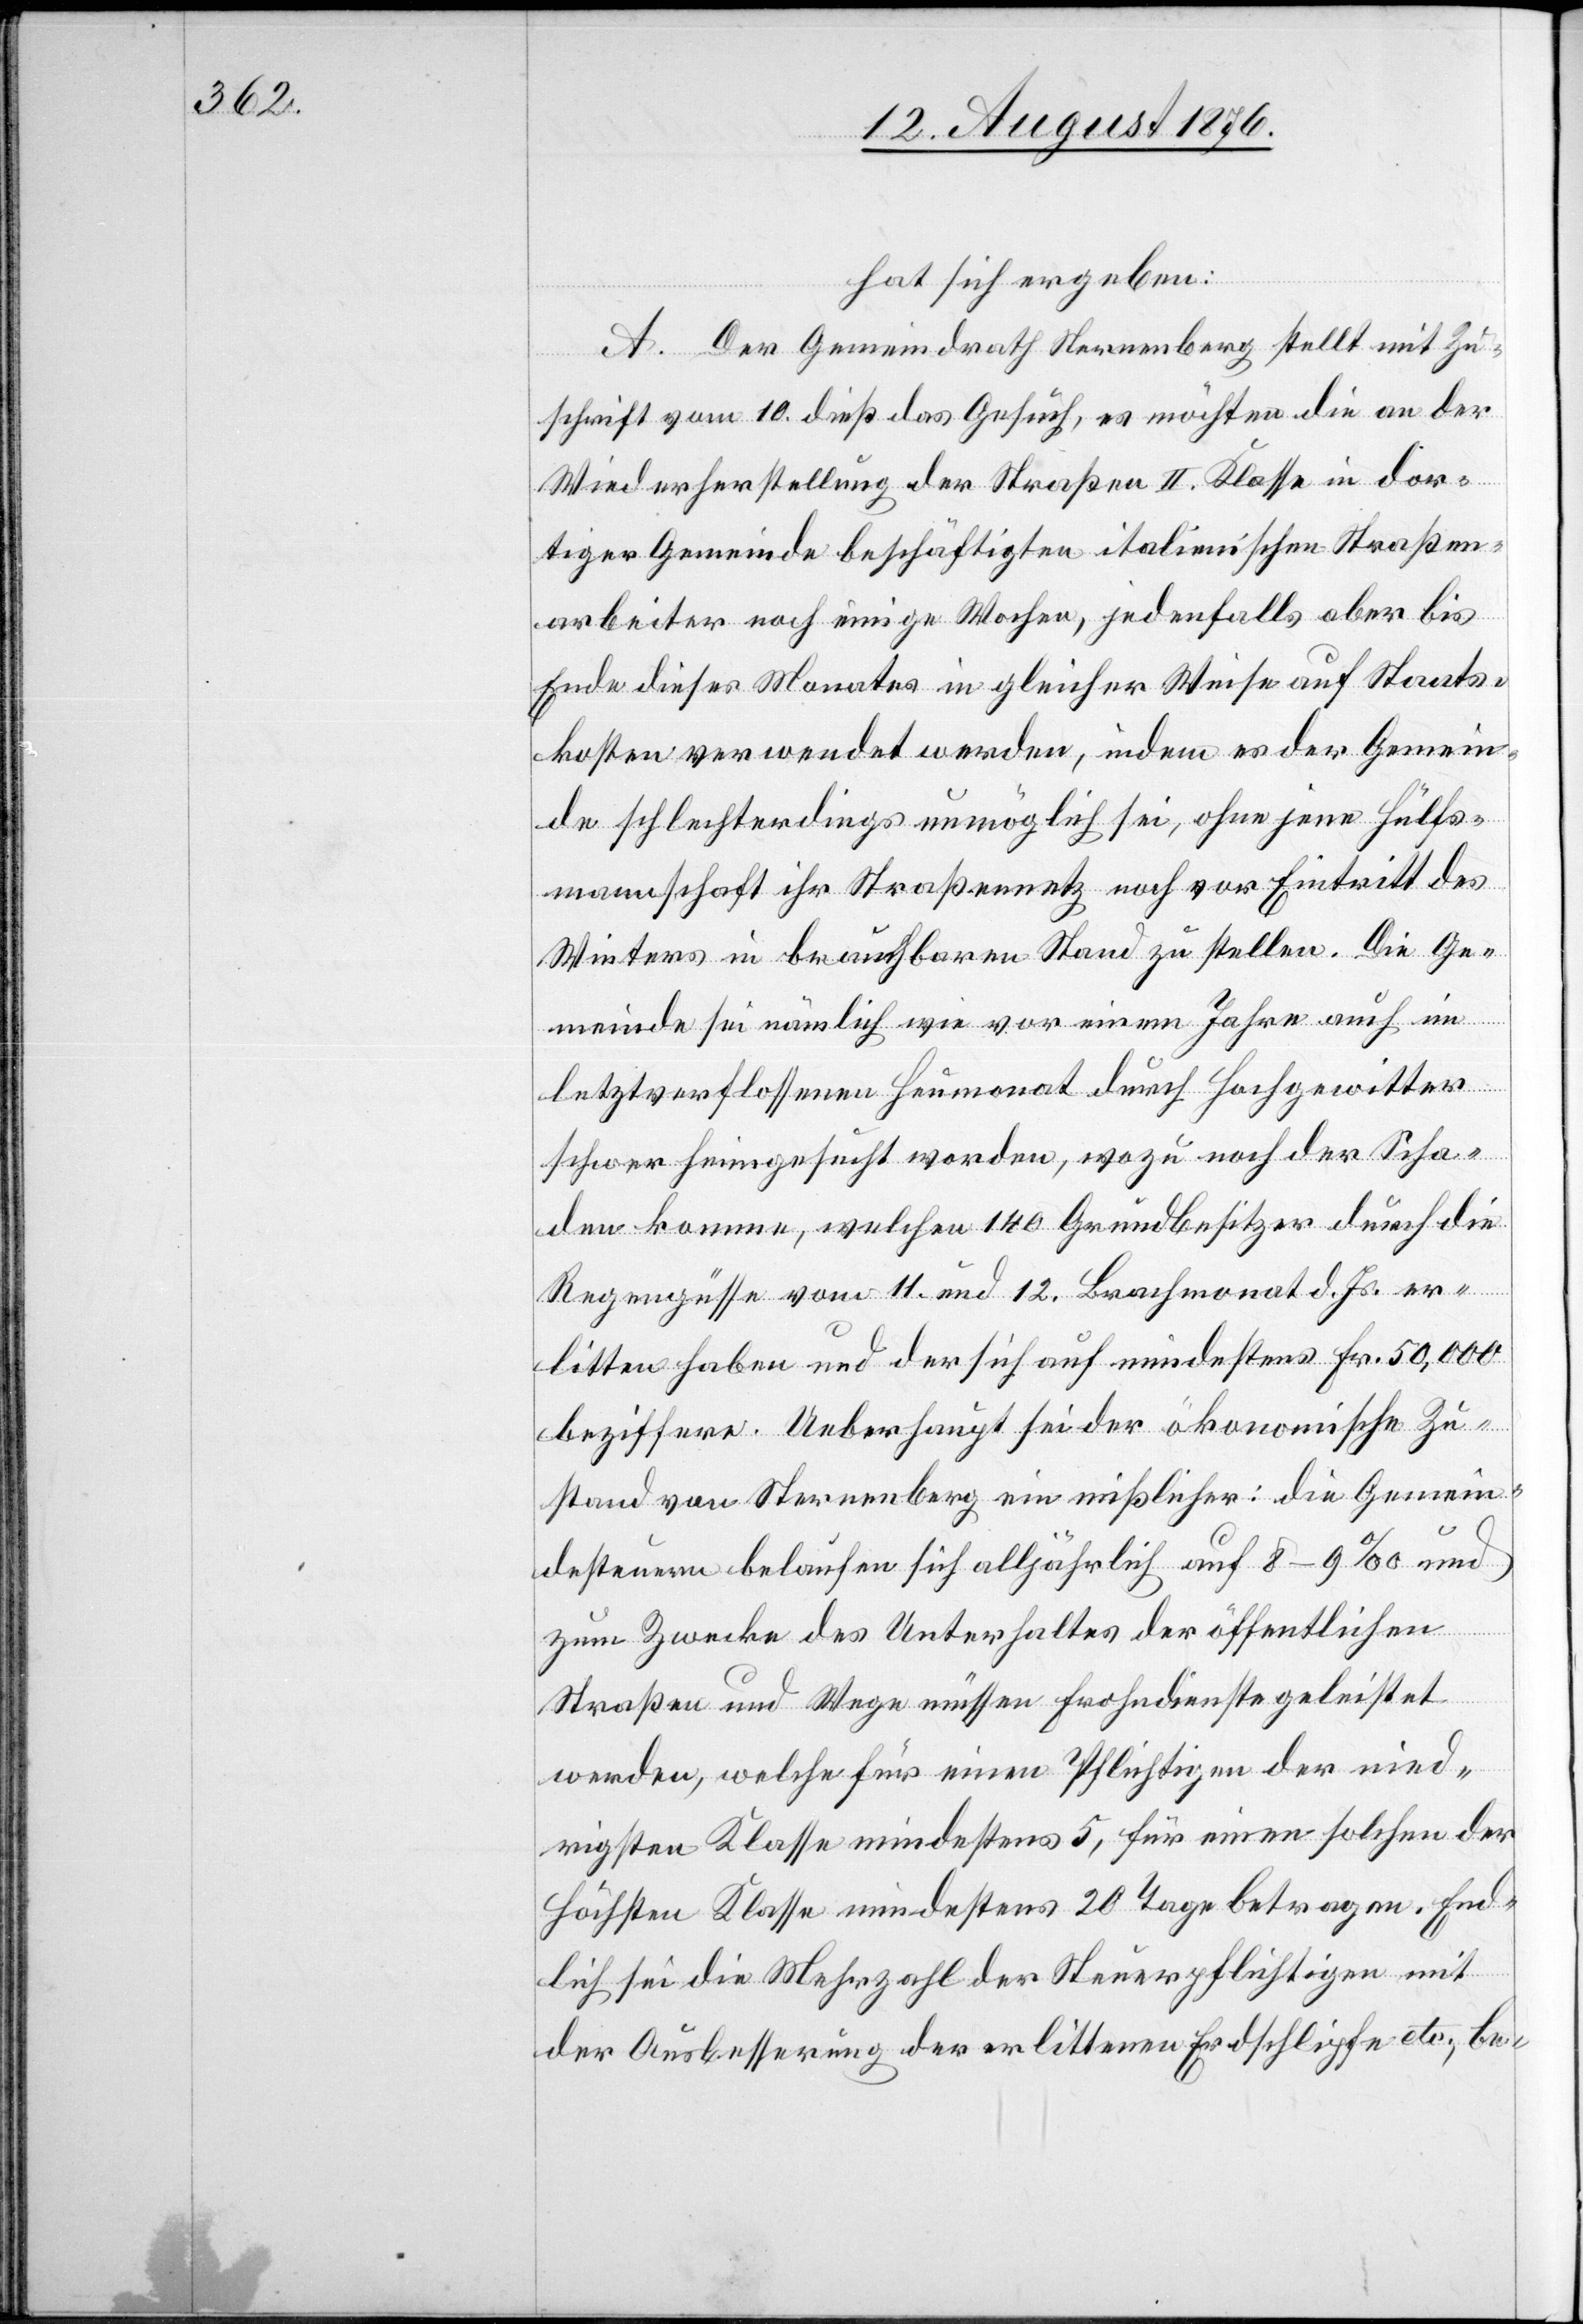
hat sich ergeben:
A. Der Gemeindrath Sternenberg stellt mit Zu¬
schrift vom 10. dieß das Gesuch, es möchten die an der
Wiederherstellung der Straßen II. Klasse in dor¬
tiger Gemeinde beschäftigten italienischen Straßen¬
arbeiter noch einige Wochen, jedenfalls aber bis
Ende dieses Monates in gleicher Weise auf Staats¬
kosten verwendet werden, indem es der Gemein¬
de schlechterdings unmöglich sei, ohne jene Hülfs¬
mannschaft ihr Straßennetz noch vor Eintritt des
Winters in brauchbaren Stand zu stellen. Die Ge¬
meinde sei nämlich wie vor einem Jahre auch im
letztverflossenen Heumonat durch Hochgewitter
schwer heimgesucht worden, wozu noch der Scha¬
den komme, welchen 140 Grundbesitzer durch die
Regengüsse vom 11. und 12. Brachmonat d. Js. er¬
litten haben und der sich auf mindestens Fr. 50,000
beziffere. Ueberhaupt sei der ökonomische Zu¬
stand von Sternenberg ein mißlicher: die Gemein¬
desteuern belaufen sich alljährlich auf 8–9 ‰ und
zum Zwecke des Unterhaltes der öffentlichen
Straßen und Wege müssen Frohndienste geleistet
werden, welche für einen Pflichtigen der nied¬
rigsten Klasse mindestens 5, für einen solchen der
höchsten Klasse mindestens 20 Tage betragen. End¬
lich sei die Mehrzahl der Steuerpflichtigen mit
der Ausbesserung der erlittenen Erdschlipfe etc., be-